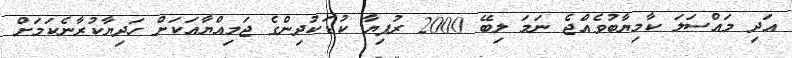
އަދި މައްސަލަ ކާމިޔާބުވެއްޖެ ނަމަ ލިބޭ 2000 ރުފިޔާ ކުޑަކުދިންގެ ޖަމިއްޔާއަކަށް ހަދިޔާކުރާނެކަމަށް